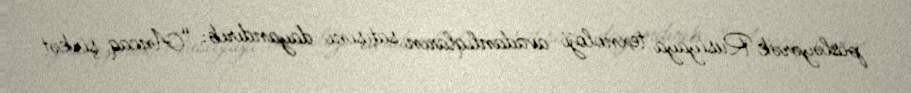
pisləyərək Rusiyaya texnoloji avadanlıqların satışını dayandırıb: “Ancaq şirkət